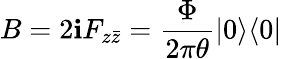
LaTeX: B=2\mathbf{i}F_{z\bar{{z}}}=\frac{{\Phi}}{{2\pi\theta}}|0\rangle\langle0|